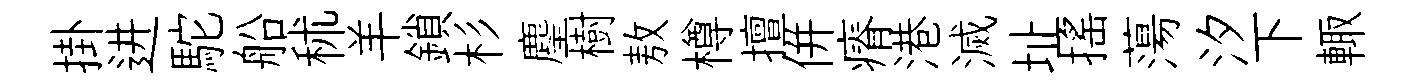
掛进駝船秫羊鎖杉麈樹敖樽擅併瘠港滅址揺蕩汐下輙